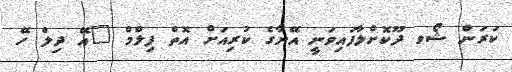
ކަރަން ޝޯވ ދޫކޮށްލާފައިވަނީ އޭނާގެ ކުރިއަށް އޮތް ފިލްމް "އޭ ދިލް ހޭ